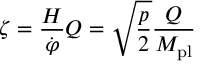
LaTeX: \zeta = \frac { H } { \dot { \varphi } } Q = \sqrt { \frac { p } { 2 } } \frac { Q } { M _ { \mathrm { p l } } }